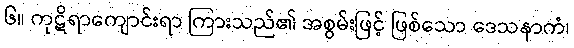
၆။ ကုဋိရာကျောင်းရာ ကြားသည်၏ အစွမ်းဖြင့် ဖြစ်သော ဒေသနာကံ၊